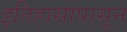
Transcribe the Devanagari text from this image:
इतिहासापासून